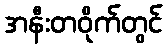
အနီးတဝိုက်တွင်